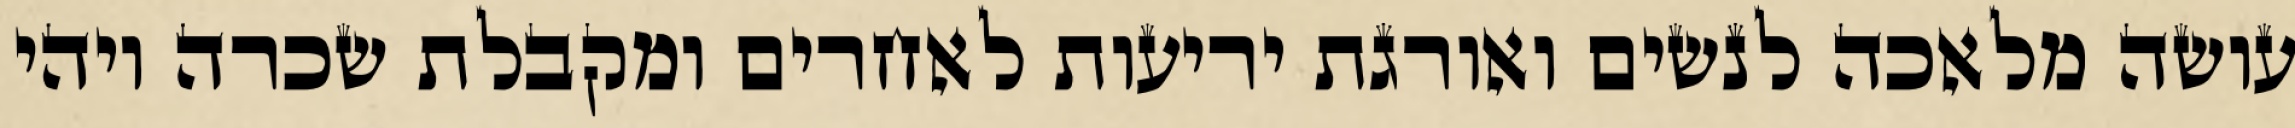
עושה מלאכה לנשים ואורגת יריעות לאחרים ומקבלת שכרה ויהי